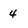
Character: 4